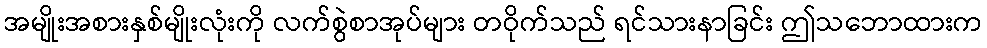
အမျိုးအစားနှစ်မျိုးလုံးကို လက်စွဲစာအုပ်များ တဝိုက်သည် ရင်သားနာခြင်း ဤသဘောထားက